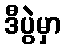
ဒီပွဲမှာ